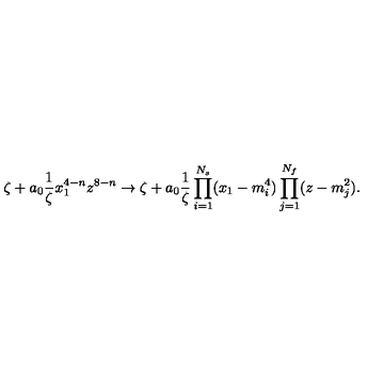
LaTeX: \zeta + a _ { 0 } \frac { 1 } { \zeta } x _ { 1 } ^ { 4 - n } z ^ { 8 - n } \to \zeta + a _ { 0 } \frac { 1 } { \zeta } \prod _ { i = 1 } ^ { N _ { s } } ( x _ { 1 } - m _ { i } ^ { 4 } ) \prod _ { j = 1 } ^ { N _ { f } } ( z - m _ { j } ^ { 2 } ) .